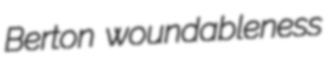
Berton woundableness